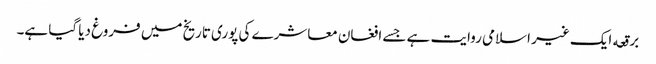
برقعه ایک غیر اسلامی روایت ہے جسے افغان معاشرے کی پوری تاریخ میں فروغ دیا گیا ہے۔